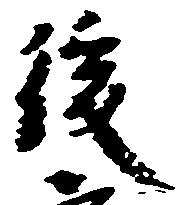
後